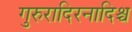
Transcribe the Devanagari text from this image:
गुरुरादिरनादिश्च